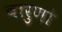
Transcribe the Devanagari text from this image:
वारुणो